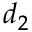
d _ { 2 }